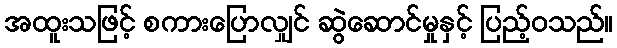
အထူးသဖြင့် စကားပြောလျှင် ဆွဲဆောင်မှုနှင့် ပြည့်ဝသည်။